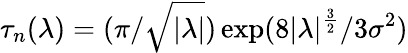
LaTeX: \tau_{n}(\lambda)=(\pi/\sqrt{|\lambda|})\exp(8|\lambda|^{\frac{3}{2}}/3\sigma^{2})